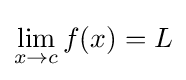
\lim _{x\to c}f(x)=L